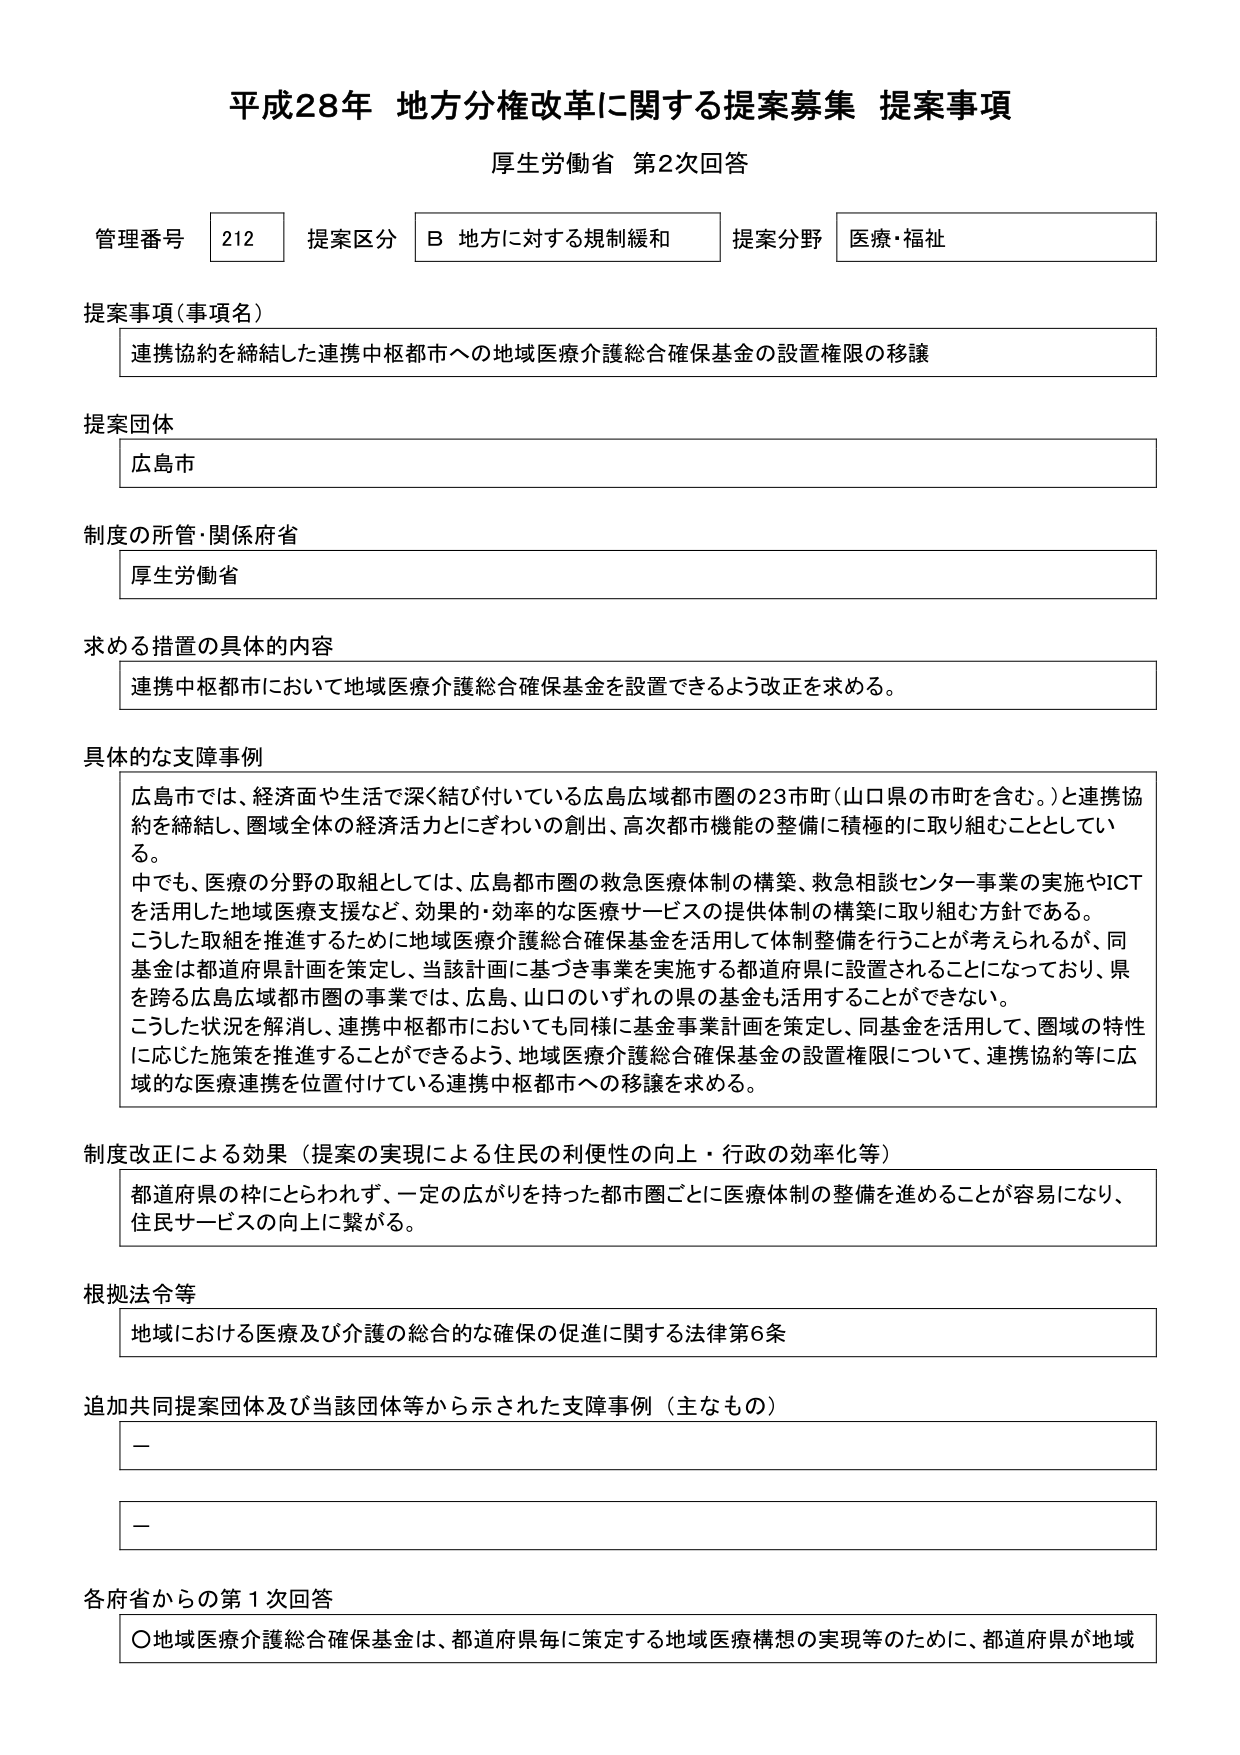
平成28年 地方分権改革に関する提案募集 提案事項
厚生労働省 第2次回答

管理番号 212 提案区分 B 地方に対する規制緩和 提案分野 医療・福祉

提案事項（事項名）
連携協約を締結した連携中枢都市への地域医療介護総合確保基金の設置権限の移譲

提案団体
広島市

制度の所管・関係府省
厚生労働省

求める措置の具体的内容
連携中枢都市において地域医療介護総合確保基金を設置できるよう改正を求める。

具体的な支障事例
広島市では、経済面や生活で深く結び付いている広島広域都市圏の23市町（山口県の市町を含む。）と連携協約を締結し、圏域全体の経済活力とにぎわいの創出、高次都市機能の整備に積極的に取り組むこととしている。
中でも、医療の分野の取組としては、広島都市圏の救急医療体制の構築、救急相談センター事業の実施やICTを活用した地域医療支援など、効果的・効率的な医療サービスの提供体制の構築に取り組む方針である。
こうした取組を推進するために地域医療介護総合確保基金を活用して体制整備を行うことが考えられるが、同基金は都道府県計画を策定し、当該計画に基づき事業を実施する都道府県に設置されることになっており、県を跨る広島広域都市圏の事業では、広島、山口のいずれの県の基金も活用することができない。
こうした状況を解消し、連携中枢都市においても同様に基金事業計画を策定し、同基金を活用して、圏域の特性に応じた施策を推進することができるよう、地域医療介護総合確保基金の設置権限について、連携協約等に広域的な医療連携を位置付けている連携中枢都市への移譲を求める。

制度改正による効果（提案の実現による住民の利便性の向上・行政の効率化等）
都道府県の枠にとらわれず、一定の広がりを持った都市圏ごとに医療体制の整備を進めることが容易になり、住民サービスの向上に繋がる。

根拠法令等
地域における医療及び介護の総合的な確保の促進に関する法律第6条

追加共同提案団体及び当該団体等から示された支障事例（主なもの）
－
－

各府省からの第1次回答
〇地域医療介護総合確保基金は、都道府県毎に策定する地域医療構想の実現等のために、都道府県が地域